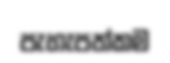
පැහැපත්කම